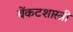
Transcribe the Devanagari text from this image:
वेंकटशास्त्री